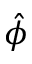
\hat { \phi }